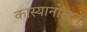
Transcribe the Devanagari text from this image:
कास्यानोव्हने